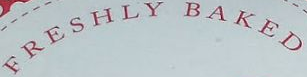
FRESHLY BAKED